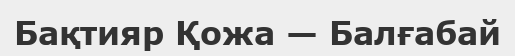
Бақтияр Қожа — Балғабай